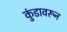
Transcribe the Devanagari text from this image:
कुंडावरून